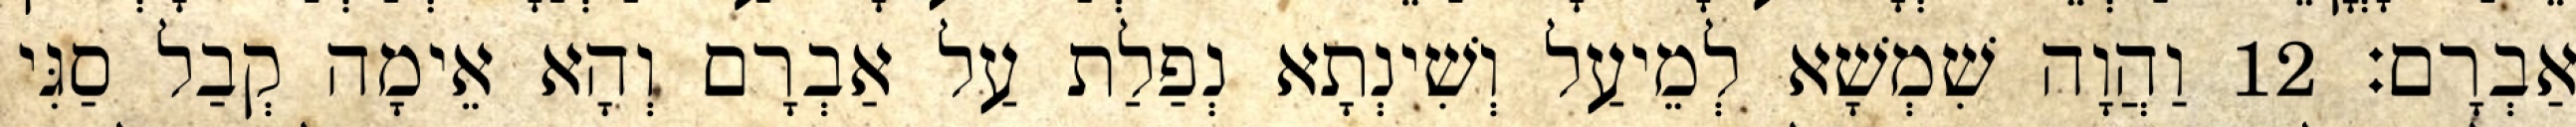
אַבְרָם׃ 12 וַהֲוָה שִׁמְשָׁא לְמֵיעַל וְשִׁינְתָא נְפַלַת עַל אַבְרָם וְהָא אֵימָה קְבַל סַגִּי